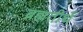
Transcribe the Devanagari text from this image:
ब्रह्मतीर्थ